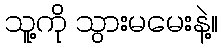
သူ့ကို သွားမမေးနဲ့။